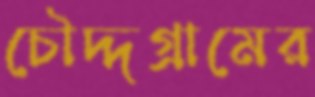
চৌদ্দগ্রামের